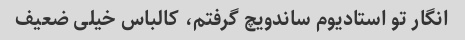
انگار تو استادیوم ساندویچ گرفتم، کالباس خیلی ضعیف